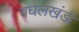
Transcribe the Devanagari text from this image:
बघेलखंडी